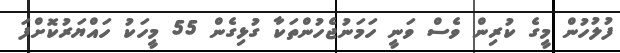
ފުލުހުން މީގެ ކުރިން ވެސް ވަނީ ހަމަނުޖެހުންތަކާ ގުޅިގެން 55 މީހަކު ހައްޔަރުކޮށްފަ